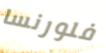
فلورنسا